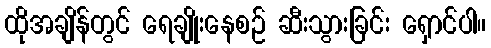
ထိုအချိန်တွင် ရေချိုးနေစဉ် ဆီးသွားခြင်း ရှောင်ပါ။